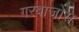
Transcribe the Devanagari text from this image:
गरबाजोस